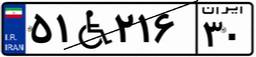
۵۱W۲۱۶۳۰